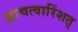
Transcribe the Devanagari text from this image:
द्वाचत्वारिंशत्